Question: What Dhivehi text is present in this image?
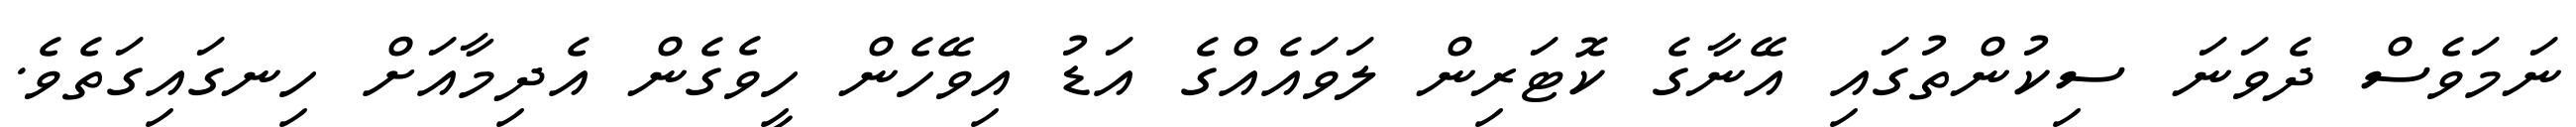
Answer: ނަމަވެސް ދެވަނަ ސިކުންތުގައި އޭނާގެ ކޮޓަރިން ލަވައެއްގެ އަޑު އިވޭހެން ހީވެގެން އެދިމާއަށް ހިނގައިގަތެވެ.